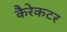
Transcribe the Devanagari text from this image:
कैरेकटर